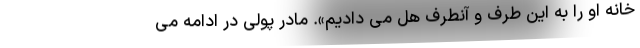
خانه او را به این طرف و آنطرف هل می دادیم». مادر پولی در ادامه می